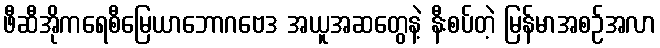
ဖီဆီအိုကရေစီမြေယာဘောဂဗေဒ အယူအဆတွေနဲ့ နီးစပ်တဲ့ မြန်မာအစဉ်အလာ